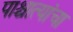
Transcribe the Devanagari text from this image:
पाश्चात्यांचा